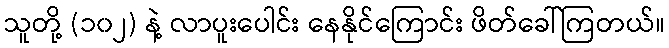
သူတို့ (၁၀၂) နဲ့ လာပူးပေါင်း နေနိုင်ကြောင်း ဖိတ်ခေါ်ကြတယ်။